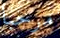
مرحبا